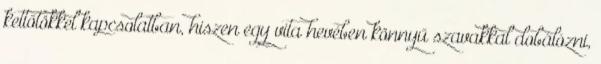
kettőtökkel kapcsolatban, hiszen egy vita hevében könnyű szavakkal dobálózni,